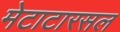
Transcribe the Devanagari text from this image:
मेटाटारसल